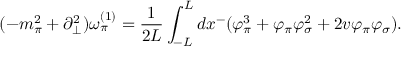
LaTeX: ( - m _ { \pi } ^ { 2 } + \partial _ { \bot } ^ { 2 } ) \omega _ { \pi } ^ { ( 1 ) } = \frac { 1 } { 2 L } \int _ { - L } ^ { L } d x ^ { - } ( \varphi _ { \pi } ^ { 3 } + \varphi _ { \pi } \varphi _ { \sigma } ^ { 2 } + 2 v \varphi _ { \pi } \varphi _ { \sigma } ) .